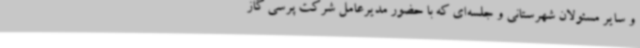
و سایر مسئولان شهرستانی و جلسه‌ای که با حضور مدیرعامل شرکت پرسی گاز